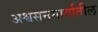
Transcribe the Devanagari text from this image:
अश्वसनमार्गातील